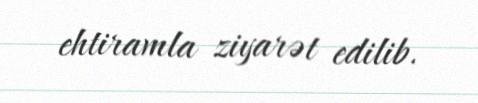
ehtiramla ziyarət edilib.